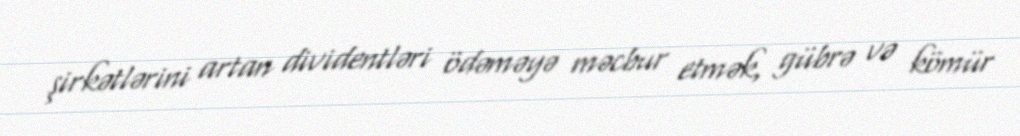
şirkətlərini artan dividentləri ödəməyə məcbur etmək, gübrə və kömür